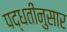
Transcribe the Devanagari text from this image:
पद्धतींनुसार